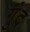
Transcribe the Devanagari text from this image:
गुंद